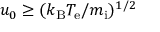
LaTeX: u _ { 0 } \geq ( k _ { \mathrm { B } } T _ { \mathrm { e } } / m _ { \mathrm { i } } ) ^ { 1 / 2 }